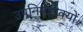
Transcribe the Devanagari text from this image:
उपनिषद्वाक्यों